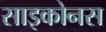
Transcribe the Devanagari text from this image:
साइकोनस